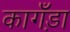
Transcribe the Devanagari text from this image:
कागँड़ा